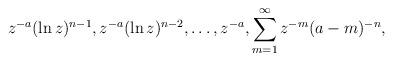
LaTeX: \begin{align*}z^{-a}(\ln z)^{n-1}, z^{-a}(\ln z)^{n-2}, \ldots, z^{-a},\sum_{m=1}^\infty z^{-m}(a-m)^{-n}, \end{align*}